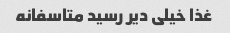
غذا خیلی دیر رسید متاسفانه